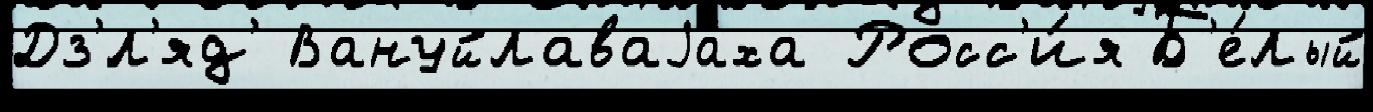
Дз'́л'яд' Вануйлаваjаха Росс'и́я Б'е́лый